Vaccination report Assam 1896-1927 - 1896-1927
Year: 1896
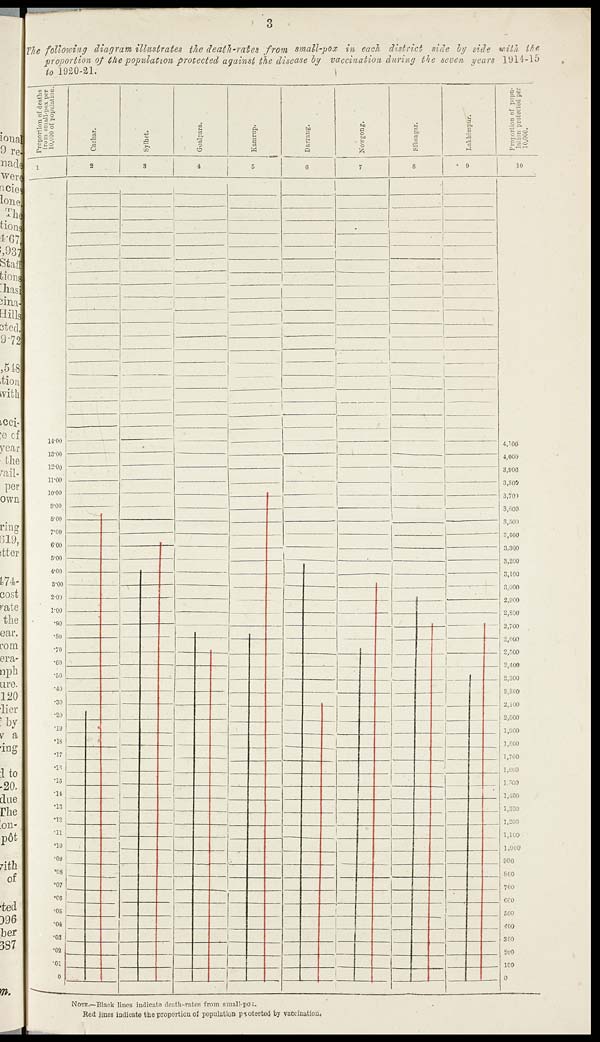
3
The following diagram illustrates the death-rates from small-pox in each district side by side with the
proportion of the population protected against the disease by vaccination during the seven years 1914-15
to 1920-21.
NOTE.—Black lines indicate death-rates from small-pox.
Red lines indicate the proportion of population protected by vaccination.